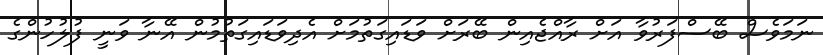
ނަމަވެސް ބޭސްފަރުވާ އަށް ރާއްޖެއިން ބޭރަށް ވަޑައިގަތުމަށް އެދިވަޑައިގަތުމުން އޭނާ ވަނީ ފުލުހުންގެ